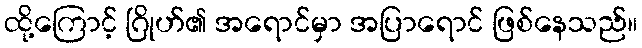
ထို့ကြောင့် ဂြိုဟ်၏ အရောင်မှာ အပြာရောင် ဖြစ်နေသည်။